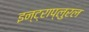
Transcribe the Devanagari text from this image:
इन्ट्राप्लुरल